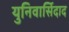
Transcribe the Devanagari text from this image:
युनिवार्सिदाद